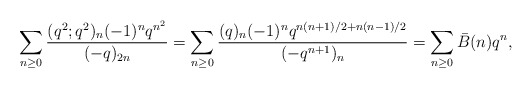
\begin{align*}\sum_{n\ge0}\frac{(q^2;q^2)_n(-1)^nq^{n^2}}{(-q)_{2n}}=\sum_{n\ge0}\frac{(q)_n(-1)^nq^{n(n+1)/2+n(n-1)/2}}{(-q^{n+1})_{n}}=\sum_{n\ge0}\bar{B}(n)q^n,\end{align*}